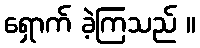
ရှောက် ခဲ့ကြသည် ။